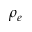
\rho _ { e }